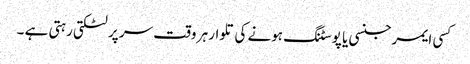
کسی ایمرجنسی یا پوسٹنگ ہونے کی تلوار ہر وقت سر پر لٹکتی رہتی ہے ۔